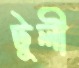
টুলী